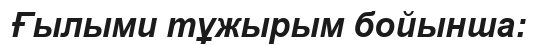
Ғылыми тұжырым бойынша: